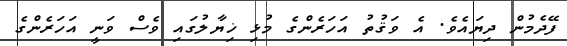
ފޭދެމުން ދިޔައެވެ. އެ ވަޤުތު އަހަރެންގެ މުޅި ޚިޔާލުގައި ވެސް ވަނީ އަހަރެންގެ